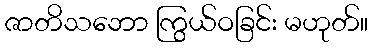
ဇာတိသဘော ကြွယ်ဝခြင်း မဟုတ်။